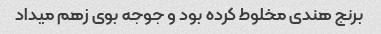
برنج هندی مخلوط کرده بود و جوجه بوی زهم میداد